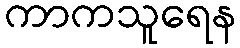
ကာကသူရေန